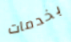
بخدمات